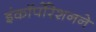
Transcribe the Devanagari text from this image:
इंकॉर्पोरेशनने